Lunatic asylums Central Provinces reports 1895-1909 - 1895-1909
Year: 1895
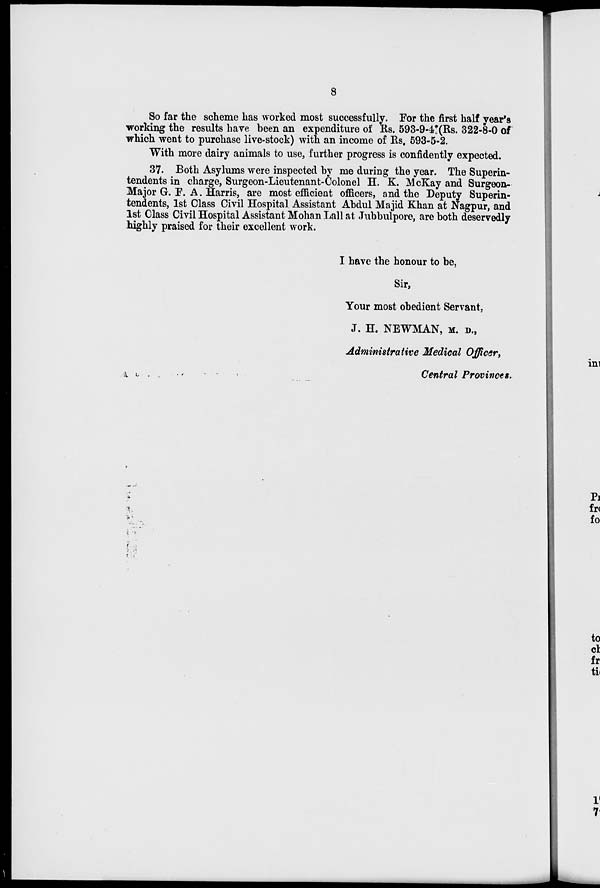
8
So far the scheme has worked most successfully. For the first half year's
working the results have been an expenditure of Rs. 593-9-4(Rs. 322-8-0 of
which went to purchase live-stock) with an income of Rs. 593-5-2.
With more dairy animals to use, further progress is confidently expected.
37. Both Asylums were inspected by me during the year. The Superin-
tendents in charge, Surgeon-Lieutenant-Colonel H. K. McKay and Surgeon-
Major G. F. A. Harris, are most efficient officers, and the Deputy Superin-
tendents, 1st Class Civil Hospital Assistant Abdul Majid Khan at Nagpur, and
1st Class Civil Hospital Assistant Mohan Lall at Jubbulpore, are both deservedly
highly praised for their excellent work.
I have the honour to be,
Sir,
Your most obedient Servant ,
J. H. NEWMAN, M. D.,
Administrative Medical Officer,
Central Provinces.